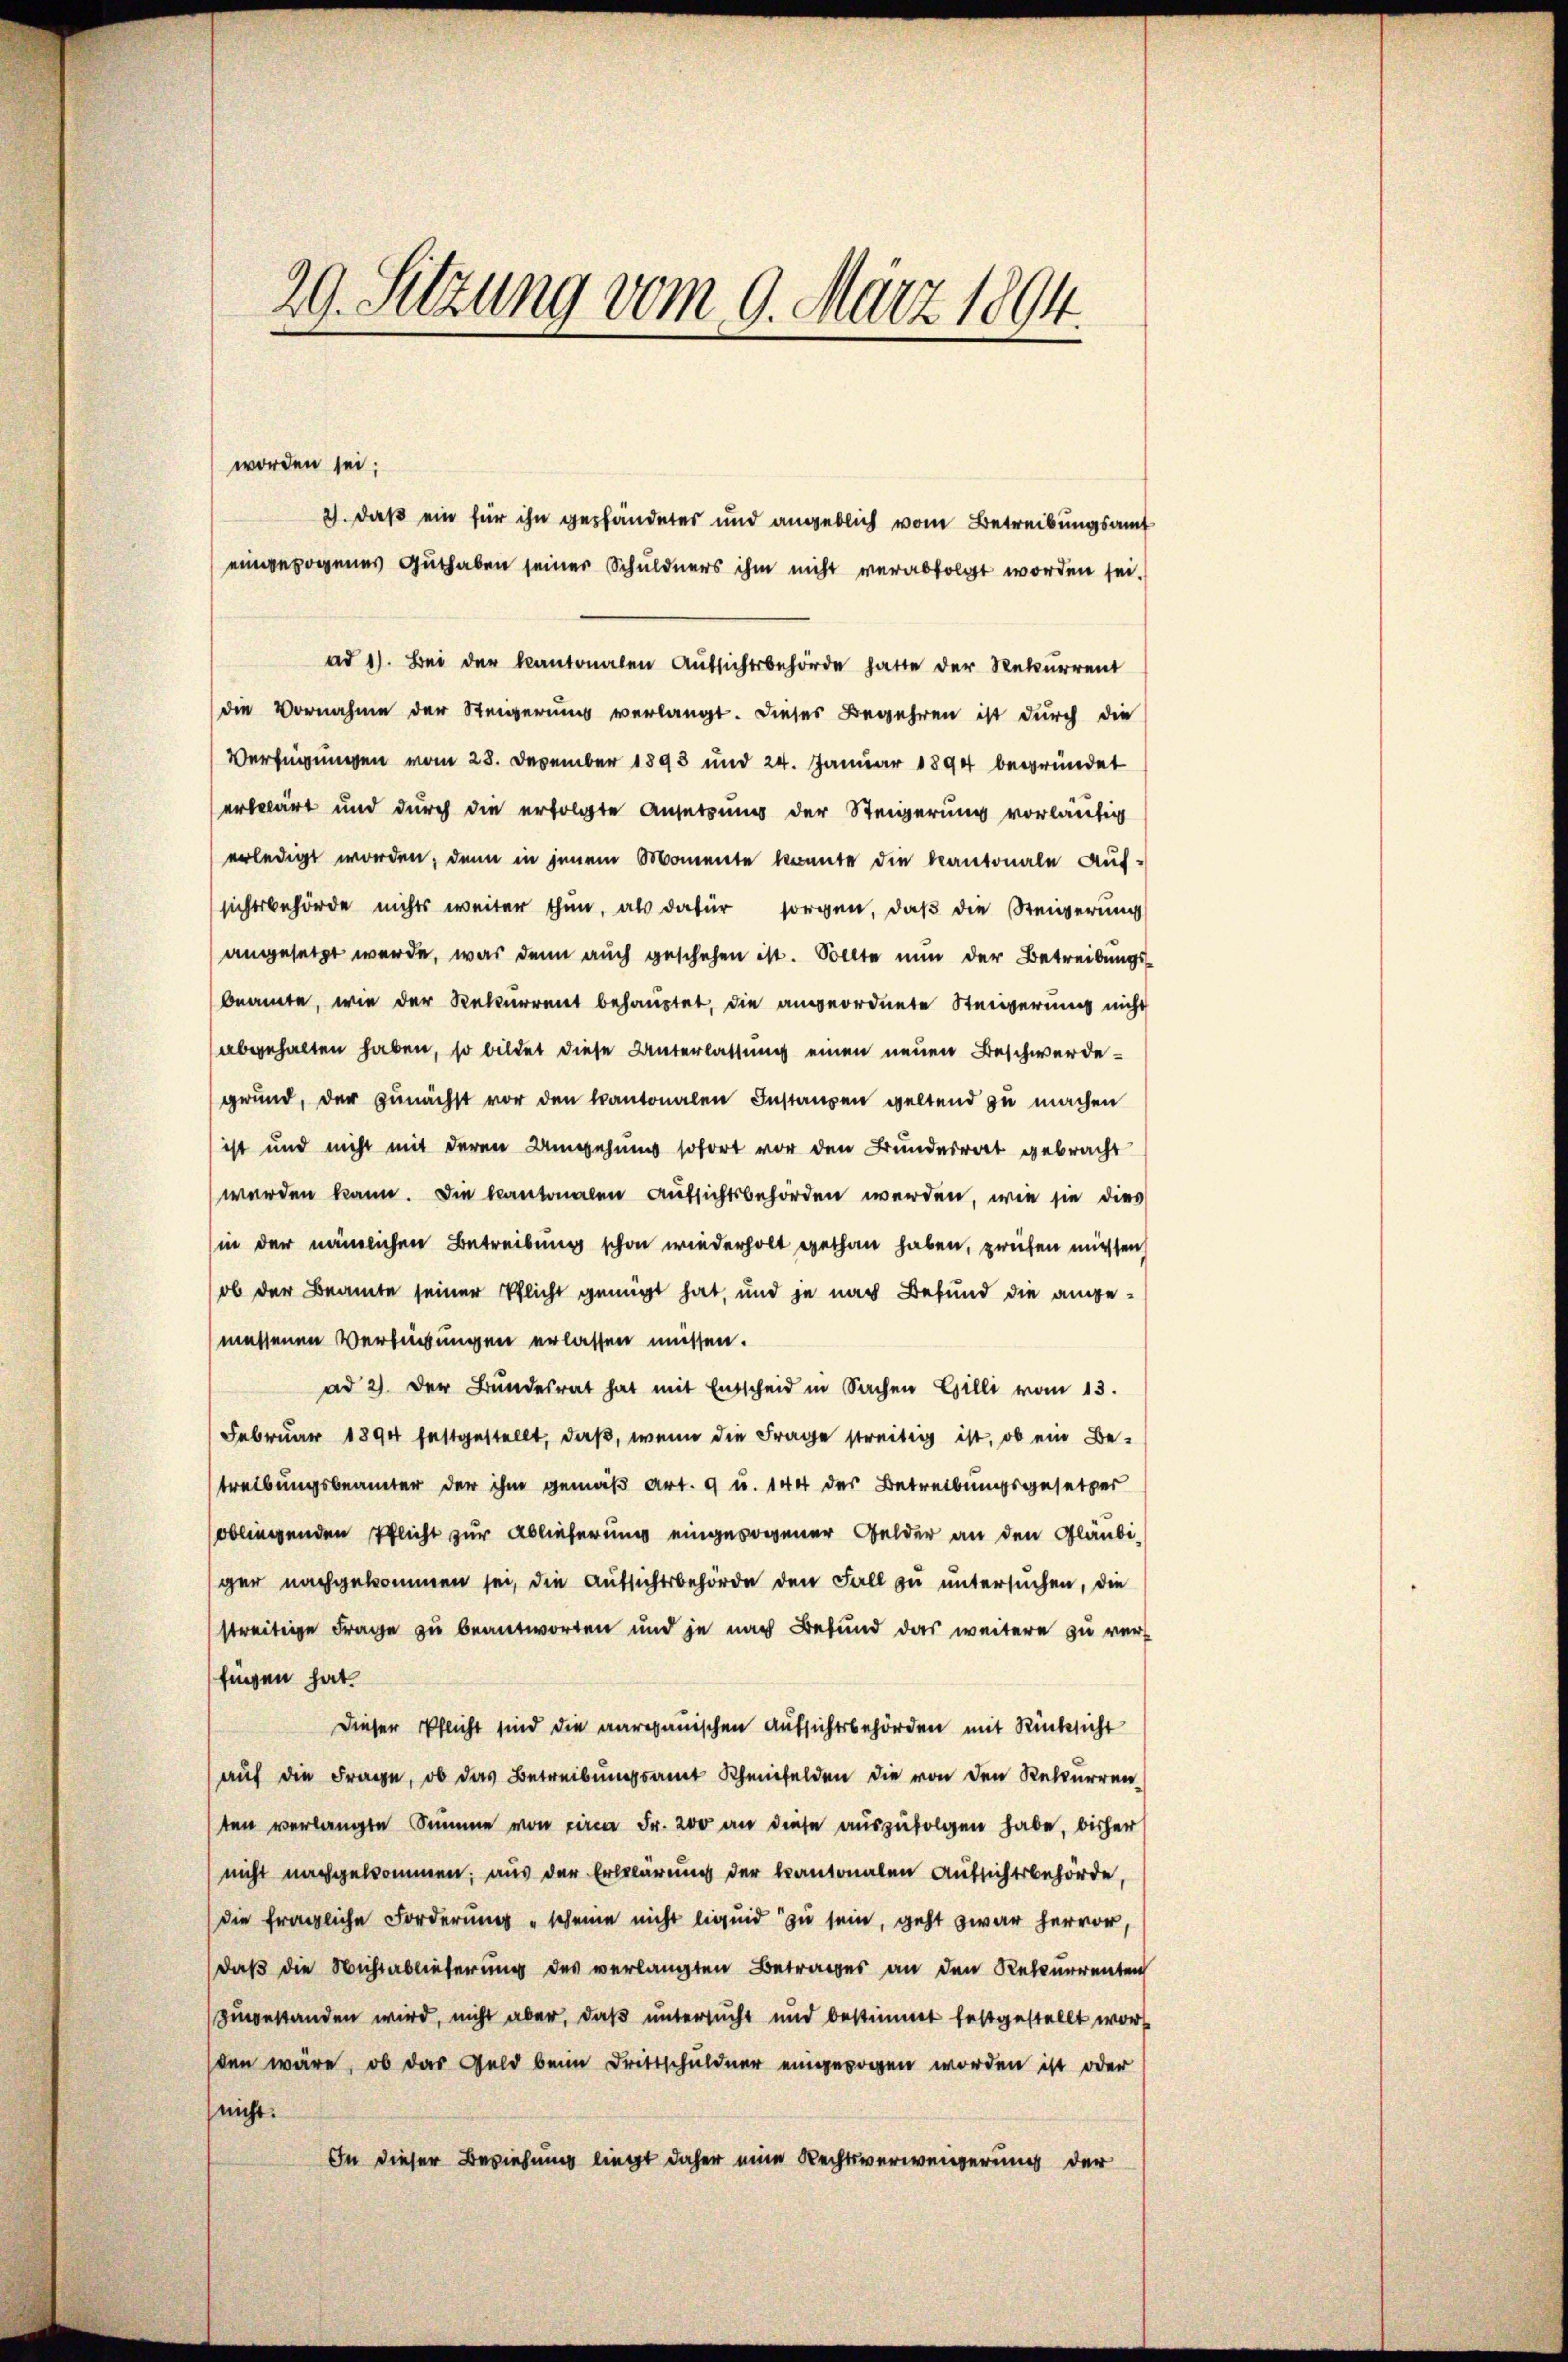
29. Setzung vom 9. März 1894.

worden sei;

2). Daß ein für ihn geschändetes und angeblich vom Betreibungsamt
eingezogenes Guthaben seiner Schuldners ihm nicht verabfolgt worden sei.
ad 1). Bei der kantonalen Aufsichtsbehörde hatte der Rekurrent
die Vornahme der Steigerung verlangt. Dieses Begehren ist durch die
Verfügungen vom 28. Dezember 1893 und 24. Januar 1894 begründet
erklärt und durch die erfolgte Ansetzung der Steigerung vorläufig
erledigt worden; denn in jenem Momente konnte die kantonale Aufsichtsbehörde nichts weiter thun, als dafür sorgen, daß die Steigerung
angesetzt werde, was denn auch geschehen ist. Sollte nun der Betreibungsbeamte, wie der Rekurrent behauptet, die angeordnete Steigerung nicht
abgehalten haben, so bildet diese Unterlassung einen neuen Beschwerdegrund, der zunächst vor den kantonalen Instanzen geltend zu machen
ist und nicht mit deren Umgehung sofort vor den Bundesrat gebracht
werden kann. Die kantonalen Aufsichtsbehörden werden, wie sie dies
(in der nämlichen Betreibung schon wiederholt gethan haben, prüfen müssen,
ob der Beamte seiner Pflicht genügt hat, und je nach Befund die angemessenen Verlesungen erlassen müssen.
ad 2. der Bŭndesrat hat mit Entscheid in Sachen Gilli vom 13.
Februar 1894 festgestellt, daß, wenn die Frage streitig ist, ob ein Be-
treibungsbeamter der ihm gemäß Art. 9 u. 144 des Betreibungsgesetzer
obliegenden Pflicht zur Ablieferung eingewogener Gelder an den Gläubiger nachgekommen sei, die Aufsichtsbehörde den Fall zu untersuchen, die
streitige Frage zu beantworten und je nach Befund das weitere zu verfingen hat.
Dieser Pflicht sind die aargauischen Aufsichtsbehörden mit Rücksicht
auf die Frage, ob das Betreibungsamt Rheinfelden die von den Rekurren
ten verlangte Summe von circa Fr. 200 an diese auszufolgen habe, bisher
nicht nachgekommen; aus der Erklärung der kantonalen Aufsichtsbehörde,
die fragliche Forderung "scheine nicht liquid zu sein, geht zwar hervor,
daß die Nichtablieferung des verlangten Betrages an den Rekurrenten
zugestanden wird, nicht aber, daß untersucht und bestimmt festgestellt wor
den wäre, ob das Geld beim Drittschuldner eingezogen worden ist oder
nicht.
In dieser Beziehung liegt daher eine Rechtsverweigerung der